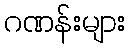
ဂဏန်းများ